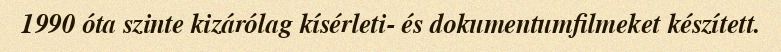
1990 óta szinte kizárólag kísérleti- és dokumentumfilmeket készített.